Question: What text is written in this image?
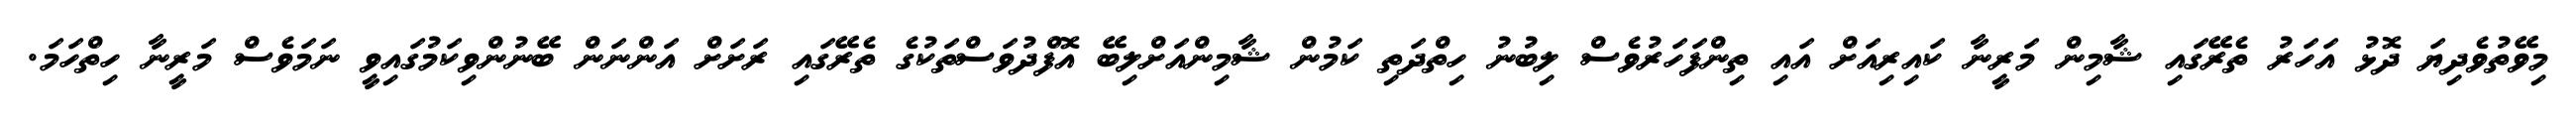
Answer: މިވޭތުވެދިޔަ ދޮޅު އަހަރު ތެރޭގައި ޝާމިން މަރީނާ ކައިރިއަށް އައި ތިންފަހަރުވެސް ލިބުނު ހިތްދަތި ކަމުން ޝާމިންއަށްލިބޭ އޮފްދުވަސްތަކުގެ ތެރޭގައި ރަށަށް އަންނަން ބޭނުންވިކަމުގައިވީ ނަމަވެސް މަރީނާ ހިތްހަމަ.